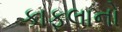
કાફલાનો